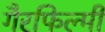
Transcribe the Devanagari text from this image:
गैरफिल्मी